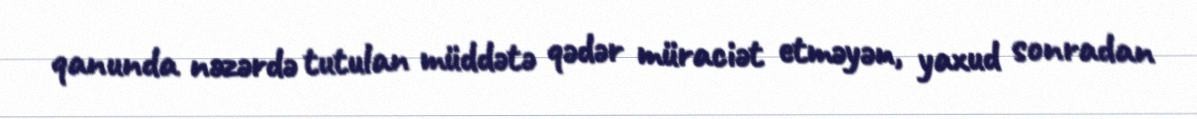
qanunda nəzərdə tutulan müddətə qədər müraciət etməyən, yaxud sonradan